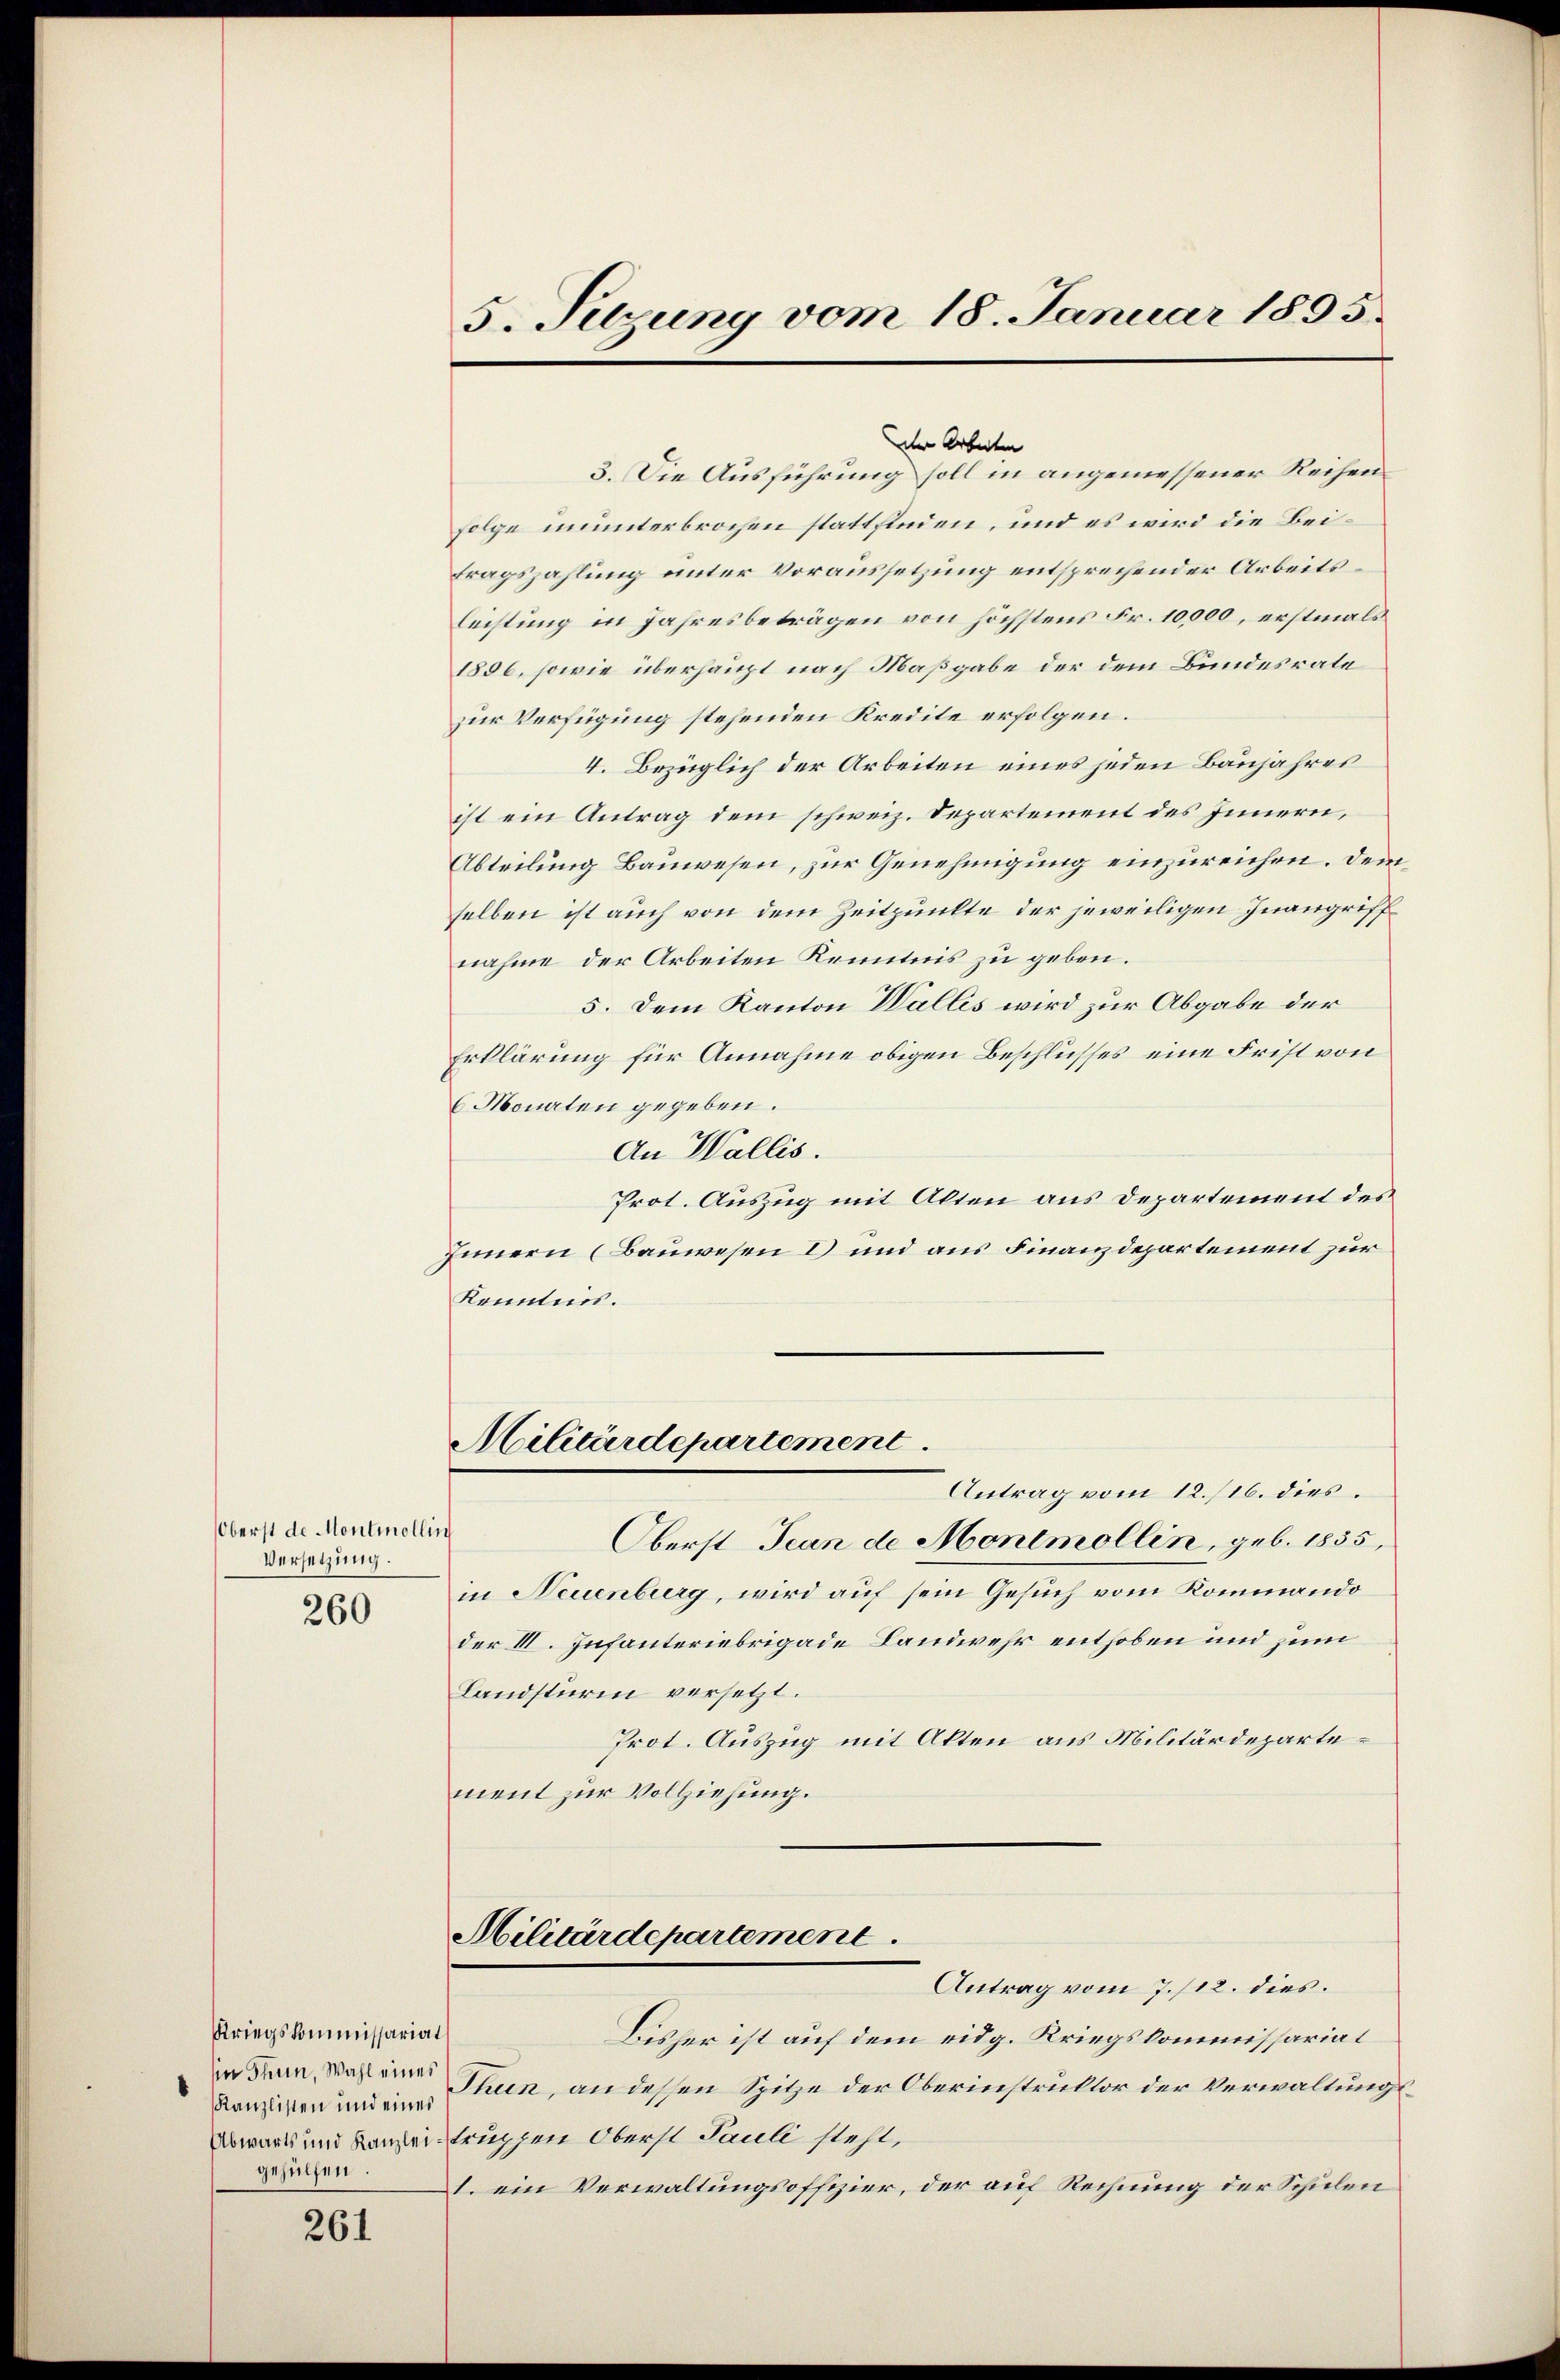
5. Sizung vom 18. Januar 1895.

der Arbeiten
3. Die Ausführung soll in angemessener Reihen¬
Folge imunterbrochen stattfinden, und es wird die Beitragszahlung unter Voraussetzung entsprechender Arbeitsleistung in Jahresbeträgen von höchstens Fr. 10,000, erstmals
1806, sowie überhaupt nach Maßgabe der dem Bundesrate
zur Verfügung stehenden Kredite erfolgen.
4. Bezüglich der Arbeiten eines jeden Baujahres
ist ein Antrag dem schweiz. Departement des Innern,
Abteilung Bauwesen, zur Genehmigung einzureichen. Dem
selben ist auch von dem Zeitpunkte der jeweiligen Inangriffnahme der Arbeiten Kenntnis zu geben.
5. Dem Kanton Wallis wird zur Abgabe der
Erklärung für Annahme obigen Beschlusses eine Frist von
6 Monaten gegeben.
An Wallis.
Prot. Auszug mit Alten aus Departement des
Innern (Bauwesen I und aus Finanzdepartement zur
Kenntnis.
Militärdepartement
Antrag vom 12./16. dies
s
Oberst Jean de Montmollen, geb. 1855,
in Neuenburg, wird auf sein Gesuch vom Kommando
der III. Infanteriebrigade Landwehr enthoben und zum
Landsturm versetzt.
Prot. Auszug mit Akten aus Militärdepartement zur Vollziehung.
Militärdepartement
Antrag vom 7./12. dies.
Bisher ist auf dem eidg. Kriegskommissariat
in den Wahlen Thun, an dessen Spitze der Oberinstruktor der Verwaltungs¬
Abwarts und Kanzleistruppen Oberst Pauli steht,
I. ein Verwaltungsoffizier, der auf Rechnung der Schulen

Oberst de Montmolli
Versetzung.

260

Kriegskommissariat
Kanzlisten und eines
gehülfen.

261